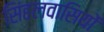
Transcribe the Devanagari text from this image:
सिंहलवासियों